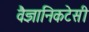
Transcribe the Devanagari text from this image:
वैज्ञानिकटेसी